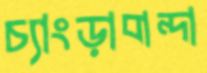
চ্যাংড়াবান্দা